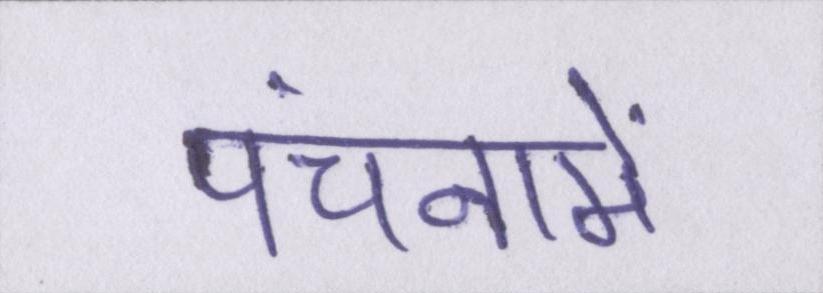
पंचनामें